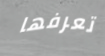
تعرفها